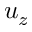
u _ { z }